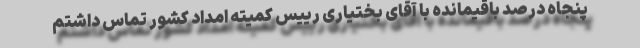
پنجاه درصد باقیمانده با آقای بختیاری رییس کمیته امداد کشور تماس داشتم